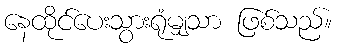
နေထိုင်ပေးသွားရုံမျှသာ ဖြစ်သည်။